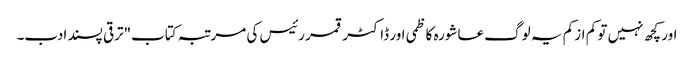
اور کچھ نہیں تو کم از کم یہ لوگ عاشورہ کاظمی اور ڈاکٹر قمر رئیس کی مرتبہ کتاب"ترقی پسند ادب۔